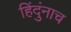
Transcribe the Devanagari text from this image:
हिंदुंनाच